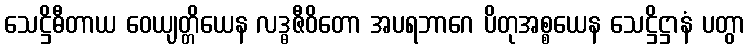
သေဋ္ဌိဓီတာယ ဝေယျတ္တိယေန လဒ္ဓဇီဝိတော အပရဘာဂေ ပိတုအစ္စယေန သေဋ္ဌိဋ္ဌာနံ ပတွာ